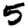
Digit: 5